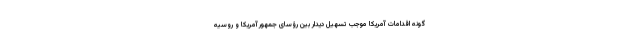
گونه اقدامات آمریکا موجب تسهیل دیدار بین رؤسای جمهور آمریکا و روسیه